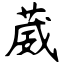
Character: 葳